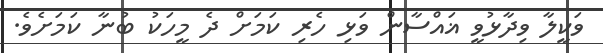
ވަކީލާ ވިދާޅުވީ ޣައްސާން ވަޅި ހެރި ކަމަށް ދެ މީހަކު ބުނާ ކަމަށެވެ.